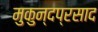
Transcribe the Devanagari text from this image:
मुकुन्दप्रसाद